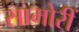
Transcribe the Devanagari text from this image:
सामोरीं